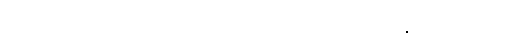
အကြင်သူသည်။ တဿဘဂဝတော၊ ထိုမြတ်စွာဘုရား၏။ ဥဒ္ဒိဿကတံ၊